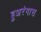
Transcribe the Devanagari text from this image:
हुअरंगास